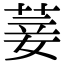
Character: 菨